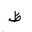
Letter: _za